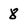
Character: 8